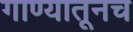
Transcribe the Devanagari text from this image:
गाण्यातूनच